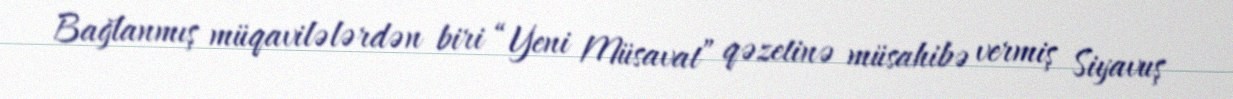
Bağlanmış müqavilələrdən biri “Yeni Müsavat” qəzetinə müsahibə vermiş Siyavuş